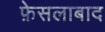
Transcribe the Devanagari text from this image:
फ़ेसलाबाद